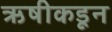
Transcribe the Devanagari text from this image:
ऋषीकडून